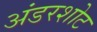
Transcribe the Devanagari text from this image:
अंडरशोट